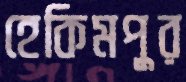
হেকিমপুর